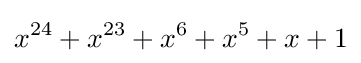
x^{24}+x^{23}+x^{6}+x^{5}+x+1